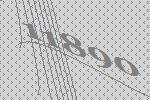
11890